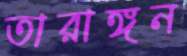
তারাঙ্গন